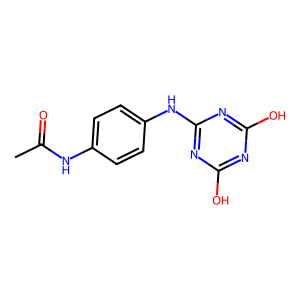
SMILES: CC(=O)Nc1ccc(Nc2nc(O)nc(O)n2)cc1
Inhibits HIV replication: No